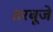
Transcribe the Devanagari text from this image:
तरबूजे